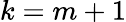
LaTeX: k=m+1